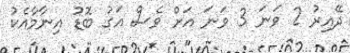
ދޭއިރު 2 ވަނަ 3 ވަނަ އަށް ވެސް އަގު ބޮޑު އިނާމާއެކު